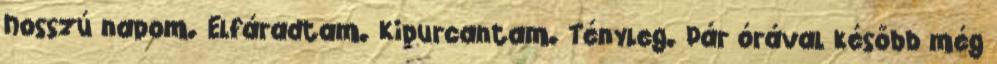
hosszú napom. Elfáradtam. Kipurcantam. Tényleg. Pár órával később még